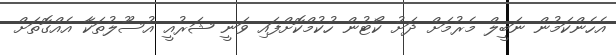
އެހެންކަމުން ނަބީލް މެރުމަށް ދަށު ކޯޓުން ހުކުމްކޮށްފައި ވަނީ ޝަރުއީ އުސޫލުތަކާ އެއްގޮތަށް